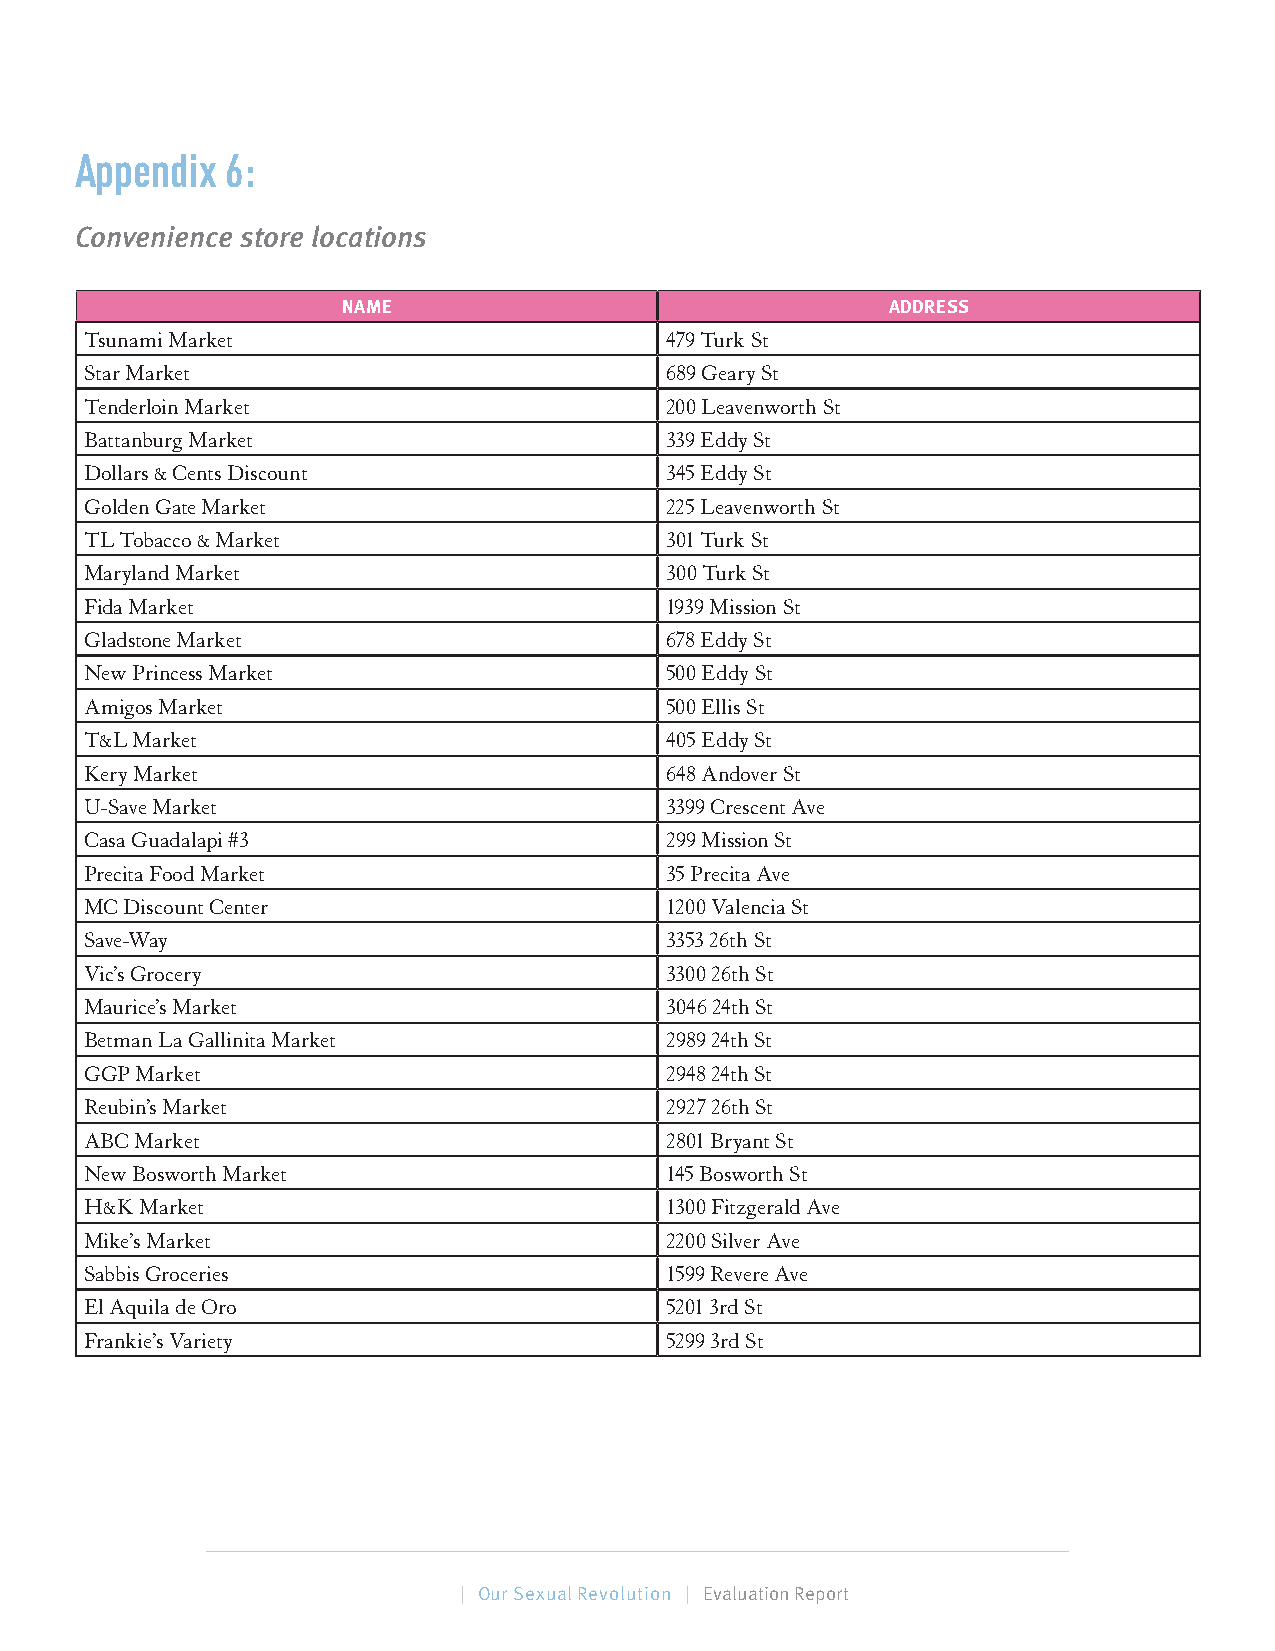
Appendix  6:
 Convenience store locations
 NAME                                ADDRESS
 Tsunami Market                        479 Turk St
 Star Market                           689 Geary St
 Tenderloin Market                     200 Leavenworth St
 Battanburg Market                     339 Eddy St
 Dollars & Cents Discount              345 Eddy St
 Golden Gate Market                    225 Leavenworth St
 TL Tobacco & Market                   301 Turk St
 Maryland Market                       300 Turk St
 Fida Market                           1939 Mission St
 Gladstone Market                      678 Eddy St
 New Princess Market                   500 Eddy St
 Amigos Market                         500 Ellis St
 T&L Market                            405 Eddy St
 Kery Market                           648 Andover St
 U-Save Market                         3399 Crescent Ave
 Casa Guadalapi #3                     299 Mission St
 Precita Food Market                   35 Precita Ave
 MC Discount Center                    1200 Valencia St
 Save-Way                              3353 26th St
 Vic’s Grocery                         3300 26th St
 Maurice’s Market                      3046 24th St
 Betman La Gallinita Market            2989 24th St
 GGP Market                            2948 24th St
 Reubin’s Market                       2927 26th St
 ABC Market                            2801 Bryant St
 New Bosworth Market                   145 Bosworth St
 H&K Market                            1300 Fitzgerald Ave
 Mike’s Market                         2200 Silver Ave
 Sabbis Groceries                      1599 Revere Ave
 El Aquila de Oro                      5201 3rd St
 Frankie’s Variety                     5299 3rd St
 77 | Our Sexual Revolution | Evaluation Report